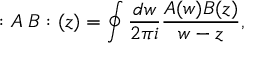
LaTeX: : A \; B : ( z ) = \oint { \frac { d w } { 2 \pi i } } { \frac { A ( w ) B ( z ) } { w - z } } ,